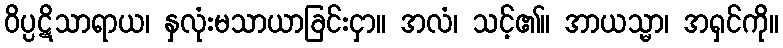
ဝိပ္ပဋိသာရာယ၊ နှလုံးမသာယာခြင်းငှာ။ အလံ၊ သင့်၏။ အာယသ္မာ၊ အရှင်ကို။